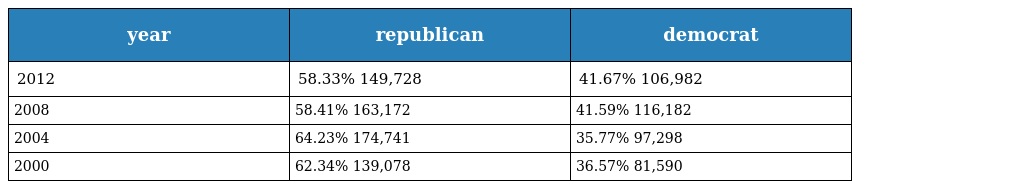
| year | republican | democrat |
 | --- | --- | --- |
 | 2012 | 58.33% 149,728 | 41.67% 106,982 |
 | 2008 | 58.41% 163,172 | 41.59% 116,182 |
 | 2004 | 64.23% 174,741 | 35.77% 97,298 |
 | 2000 | 62.34% 139,078 | 36.57% 81,590 |